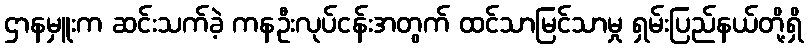
ဌာနမှူးက ဆင်းသက်ခဲ့ ကနဦးလုပ်ငန်းအတွက် ထင်သာမြင်သာမှု ရှမ်းပြည်နယ်တို့ရှိ